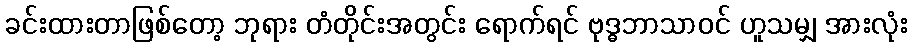
ခင်းထားတာဖြစ်တော့ ဘုရား တံတိုင်းအတွင်း ရောက်ရင် ဗုဒ္ဓဘာသာဝင် ဟူသမျှ အားလုံး